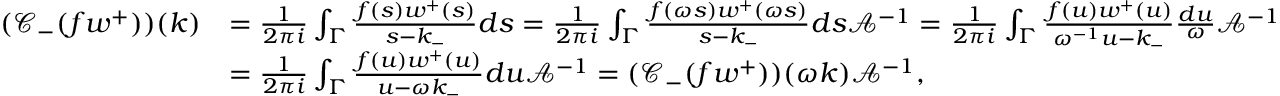
\begin{array} { r l } { ( \mathcal { C } _ { - } ( f w ^ { + } ) ) ( k ) } & { = \frac { 1 } { 2 \pi i } \int _ { \Gamma } \frac { f ( s ) w ^ { + } ( s ) } { s - k _ { - } } d s = \frac { 1 } { 2 \pi i } \int _ { \Gamma } \frac { f ( \omega s ) w ^ { + } ( \omega s ) } { s - k _ { - } } d s \mathcal { A } ^ { - 1 } = \frac { 1 } { 2 \pi i } \int _ { \Gamma } \frac { f ( u ) w ^ { + } ( u ) } { \omega ^ { - 1 } u - k _ { - } } \frac { d u } { \omega } \mathcal { A } ^ { - 1 } } \\ & { = \frac { 1 } { 2 \pi i } \int _ { \Gamma } \frac { f ( u ) w ^ { + } ( u ) } { u - \omega k _ { - } } d u \mathcal { A } ^ { - 1 } = ( \mathcal { C } _ { - } ( f w ^ { + } ) ) ( \omega k ) \mathcal { A } ^ { - 1 } , } \end{array}